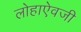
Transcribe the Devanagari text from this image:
लोहाऐवजी